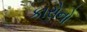
કારોનો